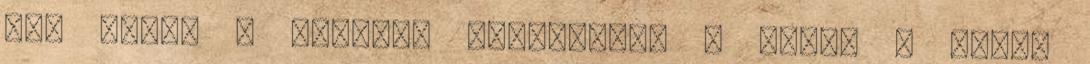
meg lehet a léceket ereszteni, a másik a piros